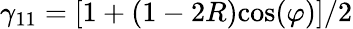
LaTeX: \gamma_{11}=[1+(1-2R)\mathrm{cos}(\varphi)]/2